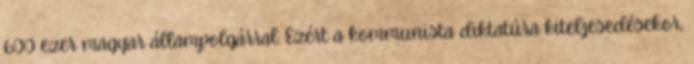
600 ezer magyar állampolgárral. Ezért a kommunista diktatúra kiteljesedésekor,